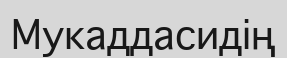
Мукаддасидің